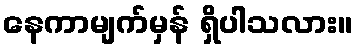
နေကာမျက်မှန် ရှိပါသလား။